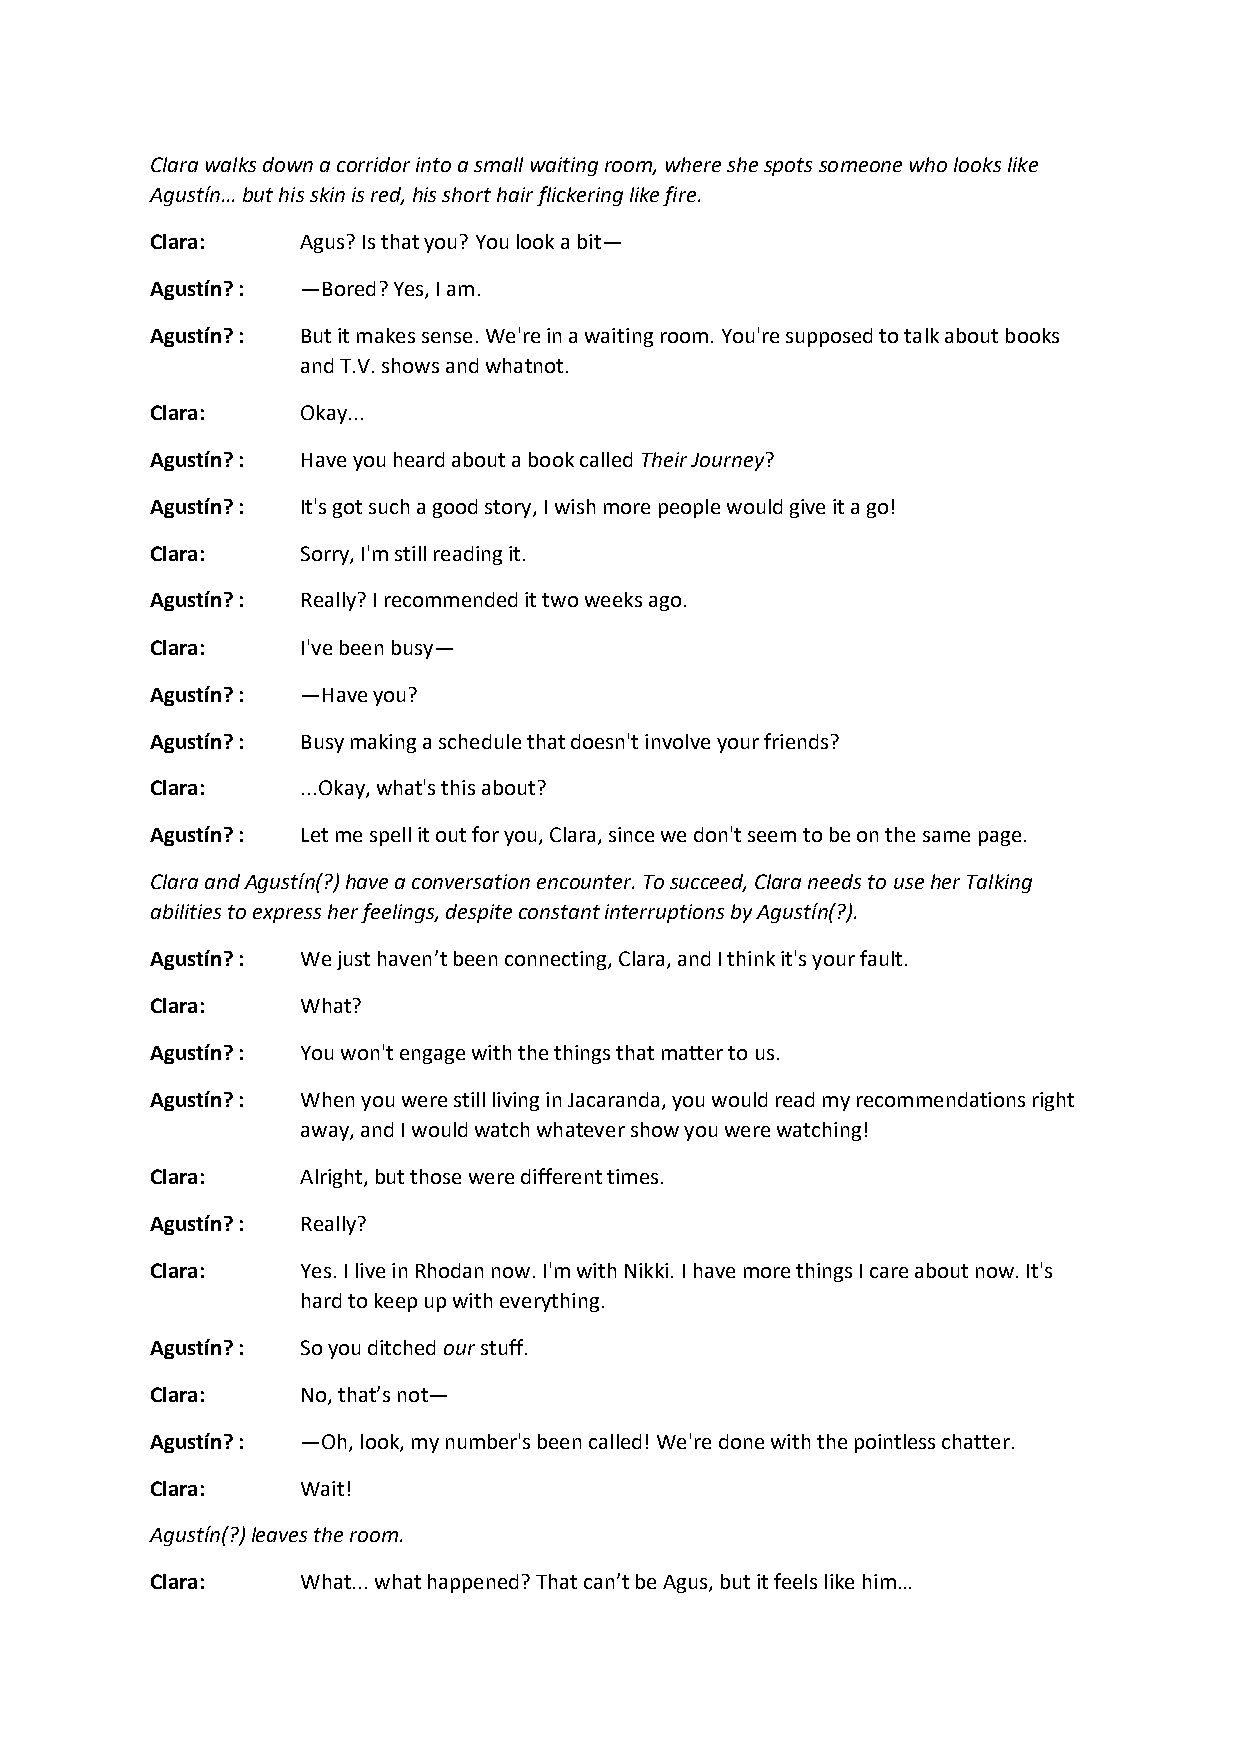
Clara walks down a corridor into a small waiting room, where she spots someone who looks like
 Agustín… but his skin is red, his short hair flickering like fire.
 Clara:    Agus? Is that you? You look a bit—
 Agustín? : —Bored? Yes, I am.
 Agustín? : But it makes sense. We're in a waiting room. You're supposed to talk about books
 and T.V. shows and whatnot.
 Clara:    Okay...
 Agustín? : Have you heard about a book called Their Journey?
 Agustín? : It's got such a good story, I wish more people would give it a go!
 Clara:    Sorry, I'm still reading it.
 Agustín? : Really? I recommended it two weeks ago.
 Clara:    I've been busy—
 Agustín? : —Have you?
 Agustín? : Busy making a schedule that doesn't involve your friends?
 Clara:    ...Okay, what's this about?
 Agustín? : Let me spell it out for you, Clara, since we don't seem to be on the same page.
 Clara and Agustín(?) have a conversation encounter. To succeed, Clara needs to use her Talking
 abilities to express her feelings, despite constant interruptions by Agustín(?).
 Agustín? : We just haven’t been connecting, Clara, and I think it's your fault.
 Clara:    What?
 Agustín? : You won't engage with the things that matter to us.
 Agustín? : When you were still living in Jacaranda, you would read my recommendations right
 away, and I would watch whatever show you were watching!
 Clara:    Alright, but those were different times.
 Agustín? : Really?
 Clara:    Yes. I live in Rhodan now. I'm with Nikki. I have more things I care about now. It's
 hard to keep up with everything.
 Agustín? : So you ditched our stuff.
 Clara:    No, that’s not—
 Agustín? : —Oh, look, my number's been called! We're done with the pointless chatter.
 Clara:    Wait!
 Agustín(?) leaves the room.
 Clara:    What... what happened? That can’t be Agus, but it feels like him…